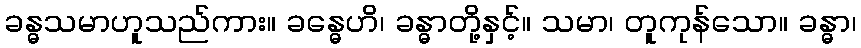
ခန္ဓသမာဟူသည်ကား။ ခန္ဓေဟိ၊ ခန္ဓာတို့နှင့်။ သမာ၊ တူကုန်သော။ ခန္ဓာ၊